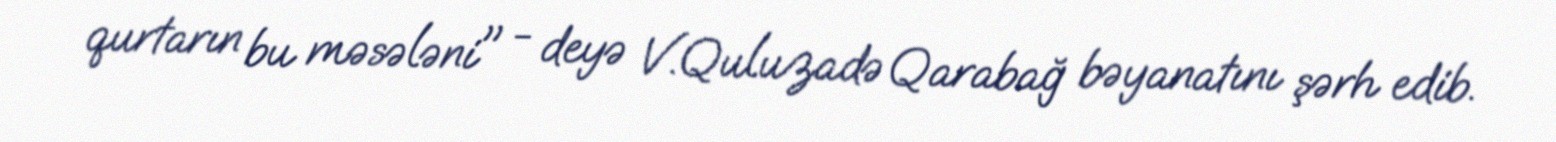
qurtarın bu məsələni" - deyə V.Quluzadə Qarabağ bəyanatını şərh edib.